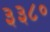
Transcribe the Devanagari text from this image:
३३८०